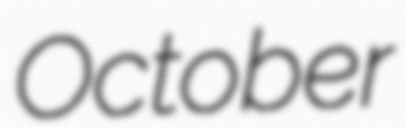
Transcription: October